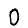
Digit: 0